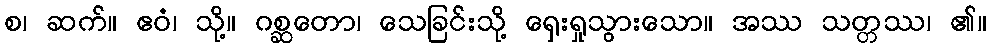
စ၊ ဆက်။ ဧဝံ၊ သို့။ ဂစ္ဆတော၊ သေခြင်းသို့ ရှေးရှုသွားသော။ အဿ သတ္တဿ၊ ၏။